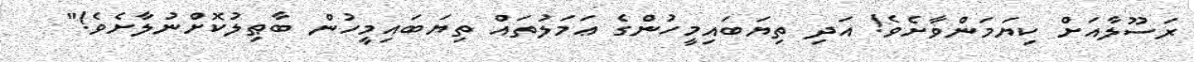
ރަސޫލާއަށް ކިޔަމަންވާށެވެ! އަދި ތިޔަބައިމީހުންގެ ޢަމަލުތައް ތިޔަބައިމީހުން ބާޠިލުކޮށްނުލާށެވެ!"